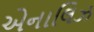
એનાલિઝ